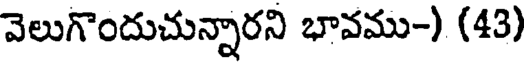
వెలుగొందుచున్నారని భావము-) (43)